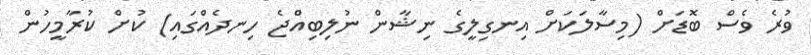
ވުރެ ވެސް ބޮޑަށް (މިސާލަކަށް އިނގިލީގެ ނިޝާން ނުލިބިއްޖެ ހިނދެއްގައި) ކުށް ކުރާމީހުން